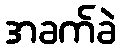
အခက်ခဲ